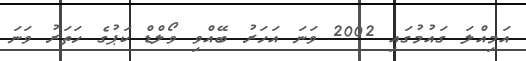
އަމިއްލަ ގައުމުގައި 2002 ވަނަ އަހަރު ބޭއްވި ވޯލްޑް ކަޕުގެ ހަތަރު ވަނަ